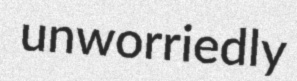
unworriedly